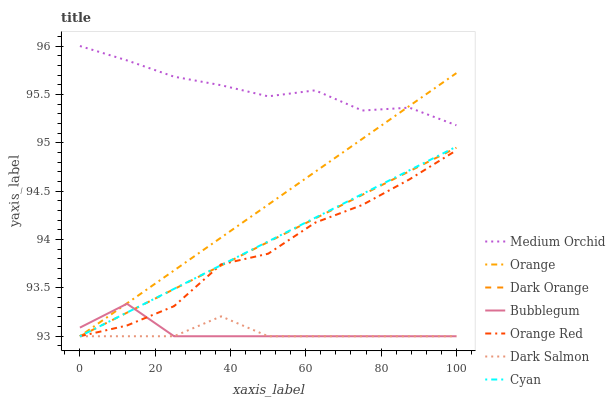
| xaxis_label | Medium Orchid | Orange | Dark Orange | Bubblegum | Orange Red | Dark Salmon | Cyan |
 | --- | --- | --- | --- | --- | --- | --- | --- |
 | 0 | 96 | 93 | 93 | 93.1 | 93 | 93 | 93 |
 | 12.5 | 95.9 | 93.3 | 93.2 | 93.3 | 93.1 | 93 | 93.2 |
 | 25 | 95.7 | 93.7 | 93.5 | 93 | 93.3 | 93 | 93.5 |
 | 37.5 | 95.6 | 94 | 93.7 | 93 | 93.7 | 93.2 | 93.7 |
 | 50 | 95.5 | 94.4 | 94 | 93 | 93.9 | 93 | 94 |
 | 62.5 | 95.5 | 94.7 | 94.2 | 93 | 94.2 | 93 | 94.2 |
 | 75 | 95.3 | 95 | 94.5 | 93 | 94.4 | 93 | 94.5 |
 | 87.5 | 95.4 | 95.4 | 94.7 | 93 | 94.6 | 93 | 94.7 |
 | 100 | 95.2 | 95.7 | 94.9 | 93 | 94.9 | 93 | 95 |